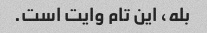
بله، این تام وایت است.